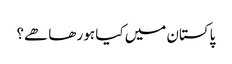
پاکستان میں کیا ہو رھا ھے؟